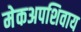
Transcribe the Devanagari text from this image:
मेकअपशिवाय